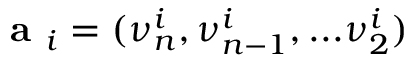
\textbf { a } _ { i } = ( \nu _ { n } ^ { i } , \nu _ { n - 1 } ^ { i } , . . . \nu _ { 2 } ^ { i } )